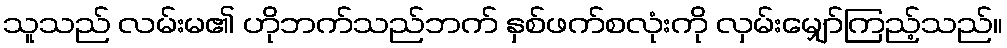
သူသည် လမ်းမ၏ ဟိုဘက်သည်ဘက် နှစ်ဖက်စလုံးကို လှမ်းမျှော်ကြည့်သည်။